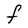
Character: F